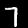
Label: 7